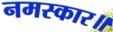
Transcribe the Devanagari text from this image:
नमस्कार॥